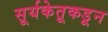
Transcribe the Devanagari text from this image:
सूर्यकेतूकडून